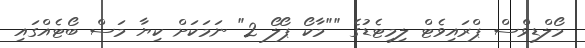
މޯލްޑިވްސް ޕްރައިވެޓް ލިމިޓެޑުގެ ""މާކޯ ޕޯލޯ 2" ނަމަކަށް ކިޔާ މަސް ބޯޓެއްގައި